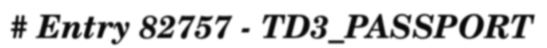
# Entry 82757 - TD3_PASSPORT